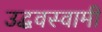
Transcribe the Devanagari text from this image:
उद्धवस्वामी